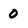
Character: 0